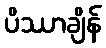
ပိဿာချိန်